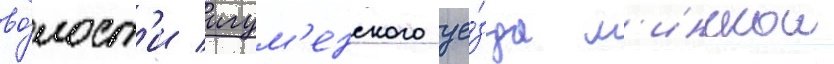
во́лост'и игум'енского уе́зда м'инскои